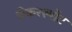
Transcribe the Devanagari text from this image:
चेकरस्पॉट